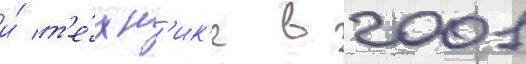
и́ т'е́хн'ик'е в 2001